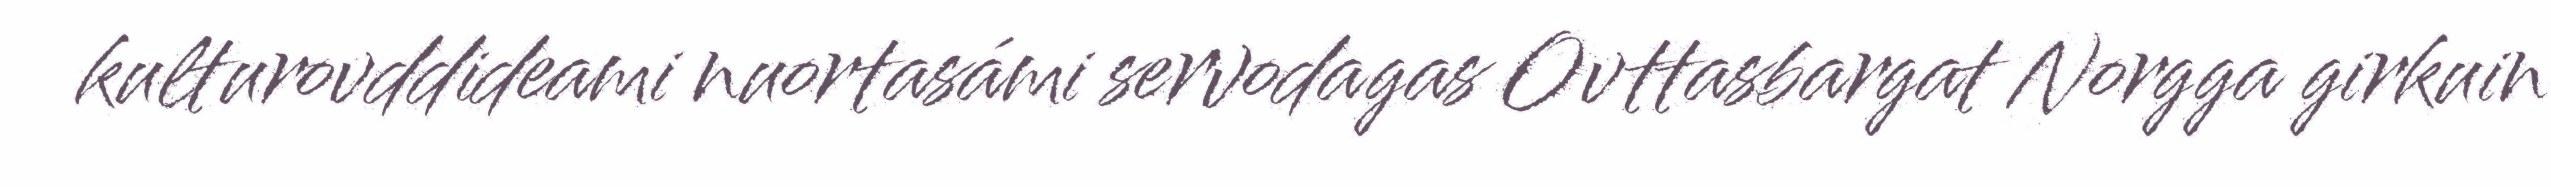
kulturovddideami nuortasámi servodagas Ovttasbargat Norgga girkuin